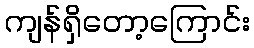
ကျန်ရှိတော့ကြောင်း